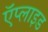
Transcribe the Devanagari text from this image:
ऍप्लाइड